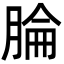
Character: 腀